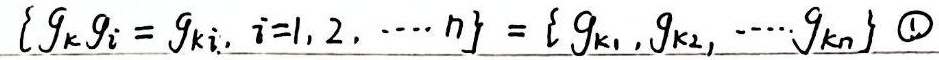
\(\{g_k g_i = g_{ki},\ i = 1,2,\cdots, n\} = \{g_{k1},g_{k2},\cdots, g_{kn}\}\) \textcircled{1}